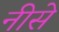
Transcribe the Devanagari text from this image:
नीसे